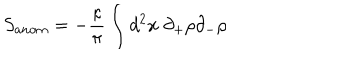
S _ { a n o m } = - \frac { \kappa } { \pi } \int d ^ { 2 } x \; \partial _ { + } \rho \partial _ { - } \rho